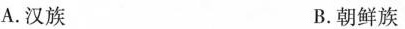
A.汉族 B.朝鲜族